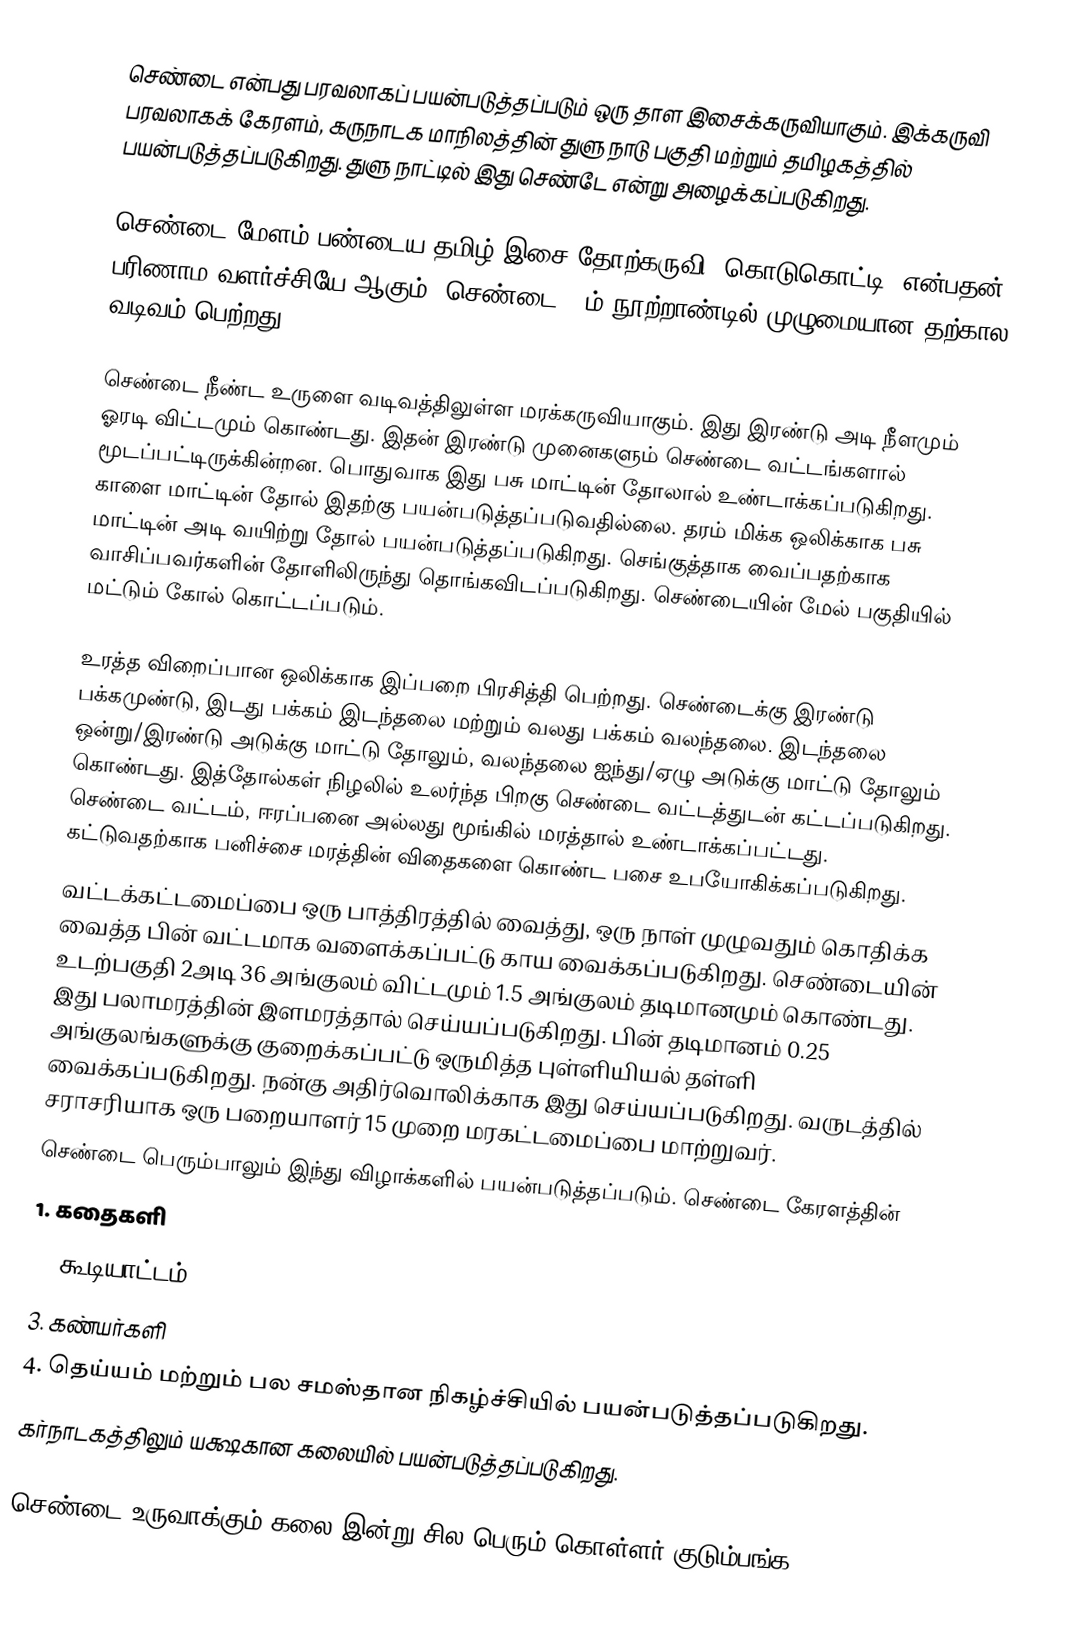
செண்டை என்பது பரவலாகப் பயன்படுத்தப்படும் ஒரு தாள இசைக்கருவியாகும். இக்கருவி பரவலாகக் கேரளம், கருநாடக மாநிலத்தின் துளு நாடு பகுதி மற்றும் தமிழகத்தில் பயன்படுத்தப்படுகிறது. துளு நாட்டில் இது செண்டே என்று அழைக்கப்படுகிறது.

செண்டை மேளம் பண்டைய தமிழ் இசை தோற்கருவி "கொடுகொட்டி" என்பதன் பரிணாம வளர்ச்சியே ஆகும். செண்டை 18ம் நூற்றாண்டில் முழுமையான தற்கால வடிவம் பெற்றது.

செண்டை நீண்ட உருளை வடிவத்திலுள்ள மரக்கருவியாகும். இது இரண்டு அடி நீளமும் ஓரடி விட்டமும் கொண்டது. இதன் இரண்டு முனைகளும் செண்டை வட்டங்களால் மூடப்பட்டிருக்கின்றன. பொதுவாக இது பசு மாட்டின் தோலால் உண்டாக்கப்படுகிறது. காளை மாட்டின் தோல் இதற்கு பயன்படுத்தப்படுவதில்லை. தரம் மிக்க ஒலிக்காக பசு மாட்டின் அடி வயிற்று தோல் பயன்படுத்தப்படுகிறது. செங்குத்தாக வைப்பதற்காக வாசிப்பவர்களின் தோளிலிருந்து தொங்கவிடப்படுகிறது. செண்டையின் மேல் பகுதியில் மட்டும் கோல் கொட்டப்படும்.

உரத்த விறைப்பான ஒலிக்காக இப்பறை பிரசித்தி பெற்றது. செண்டைக்கு இரண்டு பக்கமுண்டு, இடது பக்கம் இடந்தலை மற்றும் வலது பக்கம் வலந்தலை. இடந்தலை ஒன்று/இரண்டு அடுக்கு மாட்டு தோலும், வலந்தலை ஐந்து/ஏழு அடுக்கு மாட்டு தோலும் கொண்டது. இத்தோல்கள் நிழலில் உலர்ந்த பிறகு செண்டை வட்டத்துடன் கட்டப்படுகிறது. செண்டை வட்டம், ஈரப்பனை அல்லது மூங்கில் மரத்தால் உண்டாக்கப்பட்டது. கட்டுவதற்காக பனிச்சை மரத்தின் விதைகளை கொண்ட பசை உபயோகிக்கப்படுகிறது.
வட்டக்கட்டமைப்பை ஒரு பாத்திரத்தில் வைத்து, ஒரு நாள் முழுவதும் கொதிக்க வைத்த பின் வட்டமாக வளைக்கப்பட்டு காய வைக்கப்படுகிறது. செண்டையின் உடற்பகுதி 2அடி 36 அங்குலம் விட்டமும் 1.5 அங்குலம் தடிமானமும் கொண்டது. இது பலாமரத்தின் இளமரத்தால் செய்யப்படுகிறது. பின் தடிமானம் 0.25 அங்குலங்களுக்கு குறைக்கப்பட்டு ஒருமித்த புள்ளியியல் தள்ளி வைக்கப்படுகிறது. நன்கு அதிர்வொலிக்காக இது செய்யப்படுகிறது. வருடத்தில் சராசரியாக ஒரு பறையாளர் 15 முறை மரகட்டமைப்பை மாற்றுவர்.
செண்டை பெரும்பாலும் இந்து விழாக்களில் பயன்படுத்தப்படும். செண்டை கேரளத்தின்
1. கதைகளி
2. கூடியாட்டம்
3. கண்யர்களி
4. தெய்யம் மற்றும் பல சமஸ்தான நிகழ்ச்சியில் பயன்படுத்தப்படுகிறது.
கர்நாடகத்திலும் யக்ஷகான கலையில் பயன்படுத்தப்படுகிறது.

செண்டை உருவாக்கும் கலை இன்று  சில பெரும் கொள்ளர் குடும்பங்க